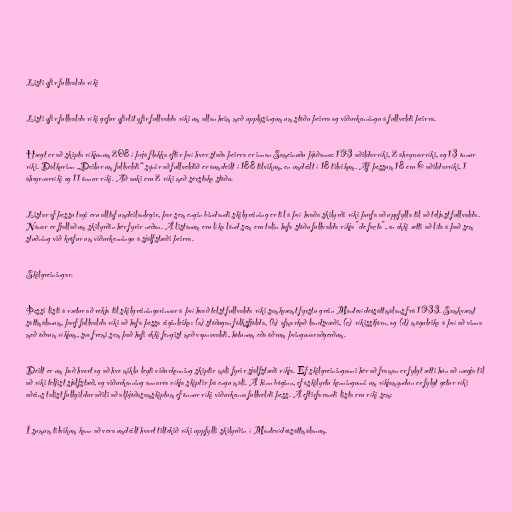
Listi yfir fullvalda ríki

Listi yfir fullvalda ríki gefur yfirlit yfir fullvalda ríki um allan heim með upplýsingum um stöðu þeirra og viðurkenningu á fullveldi þeirra.

Hægt er að skipta ríkjunum 208 í þrjá flokka eftir því hver staða þeirra er innan Sameinuðu þjóðanna: 193 aðildarríki, 2 áheyrnarríki, og 13 önnur
ríki. Dálkurinn „Deilur um fullveldi“ sýnir að fullveldið er óumdeilt í 188 tilvikum, en umdeilt í 18 tilvikum. Af þessum 18 eru 6 aðildarríki, 1
áheyrnarríki og 11 önnur ríki. Að auki eru 2 ríki með sérstaka stöðu.

Listar af þessu tagi eru alltaf umdeilanlegir, þar sem engin bindandi skilgreining er til á því hvaða skilyrði ríki þurfa að uppfylla til að teljast fullvalda.
Nánar er fjallað um skilyrðin hér fyrir neðan. Á listanum eru líka lönd sem eru talin hafa stöðu fullvalda ríkja "de facto", en ekki ætti að líta á það sem
stuðning við kröfur um viðurkenningu á sjálfstæði þeirra.

Skilgreiningar.

Þessi listi á rætur að rekja til skilgreiningarinnar á því hvað telst fullvalda ríki samkvæmt fyrstu grein Montevídeósáttmálans frá 1933. Samkvæmt
sáttmálanum, þarf fullvalda ríki að hafa þessa eiginleika: (a) stöðugan fólksfjölda, (b) afmarkað landsvæði, (c) ríkisstjórn, og (d) möguleika á því að vinna
með öðrum ríkjum, svo fremi sem það hafi ekki fengist með vopnavaldi, hótunum eða öðrum þvingunaraðgerðum.

Deilt er um það hvort og að hve miklu leyti viðurkenning skiptir máli fyrir sjálfstæði ríkja. Ef skilgreiningunni hér að framan er fylgt ætti hún að nægja til
að ríki teljist sjálfstæð, og viðurkenning annarra ríkja skiptir þá engu máli. Á hinn bóginn, ef óskilyrtu kenningunni um ríkjamyndun er fylgt getur ríki
aðeins talist fullgildur aðili að alþjóðasamskiptum ef önnur ríki viðurkenna fullveldi þess. Á eftirfarandi lista eru ríki sem:

Í sumum tilvikum kann að vera umdeilt hvort tiltekið ríki uppfylli skilyrðin í Montevídeósáttmálanum.